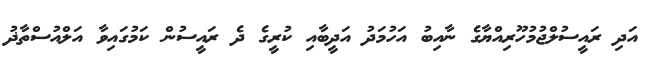
އަދި ރައީސުލްޖުމުހޫރިއްޔާގެ ނާއިބު އަހުމަދު އަދީބާއި ކުރީގެ ދެ ރައީސުން ކަމުގައިވާ އަލްއުސްތާޛު